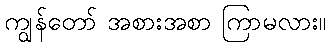
ကျွန်တော် အစားအစာ ကြာမလား။